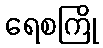
ရေစကြို